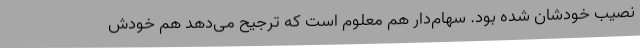
نصیب خودشان شده بود. سهام‌دار هم معلوم است که ترجیح می‌دهد هم خودش